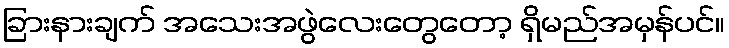
ခြားနားချက် အသေးအဖွဲလေးတွေတော့ ရှိမည်အမှန်ပင်။